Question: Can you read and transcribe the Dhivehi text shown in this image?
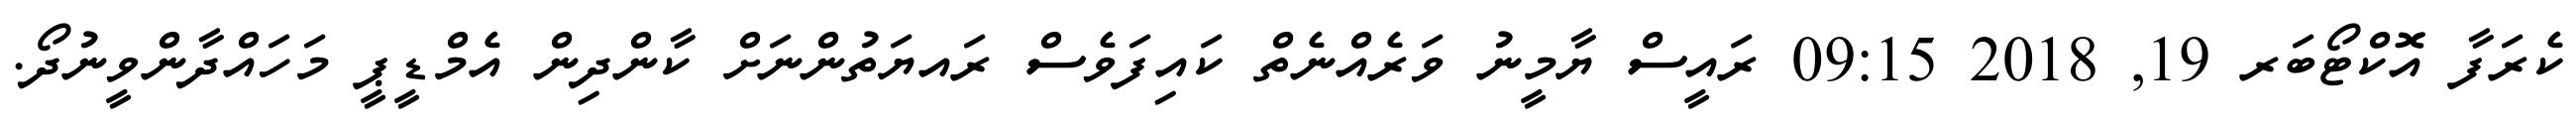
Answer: ކެރަފާ އޮކްޓޯބަރ 19, 2018 09:15 ރައީސް ޔާމީނު ވަރެއްނެތް ކައިފަވެސް ރައޔަތުންނަށް ކާންދިން އެމްޑީޕީ މަހައްދާންވީނުދޯ.